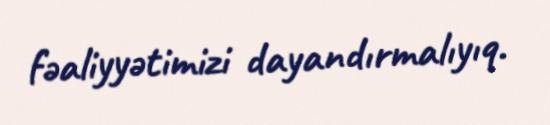
fəaliyyətimizi dayandırmalıyıq.